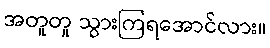
အတူတူ သွားကြရအောင်လား။